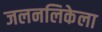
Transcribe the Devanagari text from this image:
जलनलिकेला